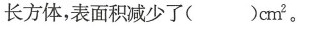
长方体，表面积减少了( )cm^{2}。